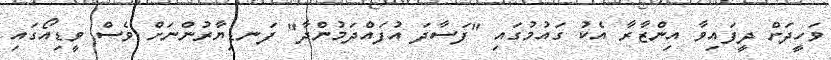
ވަހީދަށް ދީފައިވާ އިންޒާރާ އެކު ގައުމުގައި "ފަސާދަ އުފައްދަމުންދާ" ފަނޑިޔާރުންނަށް ވެސް ވީޑިއޯގައި